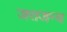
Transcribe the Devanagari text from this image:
जराजन्य